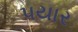
પયાર